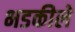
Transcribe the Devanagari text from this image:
भडकीले